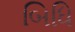
બિધિ